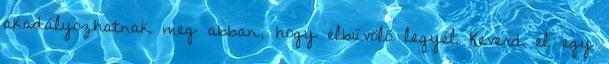
akadályozhatnak meg abban, hogy elbűvölő legyél Keverd el egy